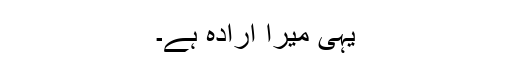
یہی میرا ارادہ ہے۔